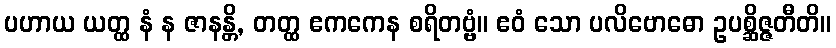
ပဟာယ ယတ္ထ နံ န ဇာနန္တိ, တတ္ထ ဧကကေန စရိတဗ္ဗံ။ ဧဝံ သော ပလိဗောဓော ဥပစ္ဆိဇ္ဇတီတိ။